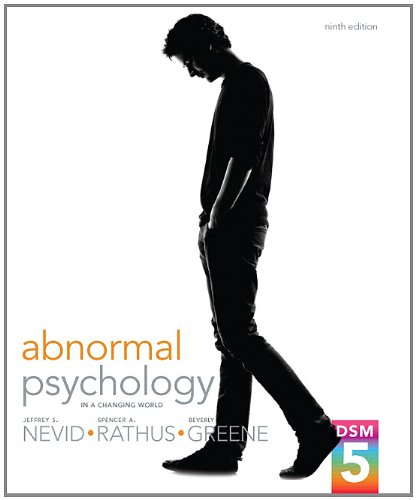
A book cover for Abnormal Psychology in a Changing World (9th Edition); Jeffrey S. Nevid; Medical Books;